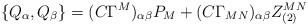
\begin{align*}\{Q_\alpha,Q_\beta\} = (C\Gamma^M)_{\alpha\beta} P_M + (C\Gamma_{MN})_{\alpha\beta} Z_{(2)}^{MN} \end{align*}